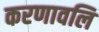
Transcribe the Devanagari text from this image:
करणावलि